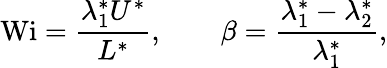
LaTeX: \textrm{Wi}=\frac{\lambda_{1}^{*}U^{*}}{L^{*}},\qquad\beta=\frac{\lambda_{1}^{*}-\lambda_{2}^{*}}{\lambda_{1}^{*}},